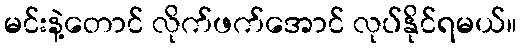
မင်းနဲ့တောင် လိုက်ဖက်အောင် လုပ်နိုင်ရမယ်။